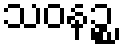
သဝနဉ္စ